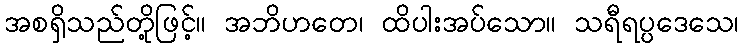
အစရှိသည်တို့ဖြင့်။ အဘိဟတေ၊ ထိပါးအပ်သော။ သရီရပ္ပဒေသေ၊